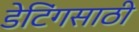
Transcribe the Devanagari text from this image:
डेटिंगसाठी